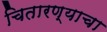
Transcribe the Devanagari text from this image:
चितारण्याचा